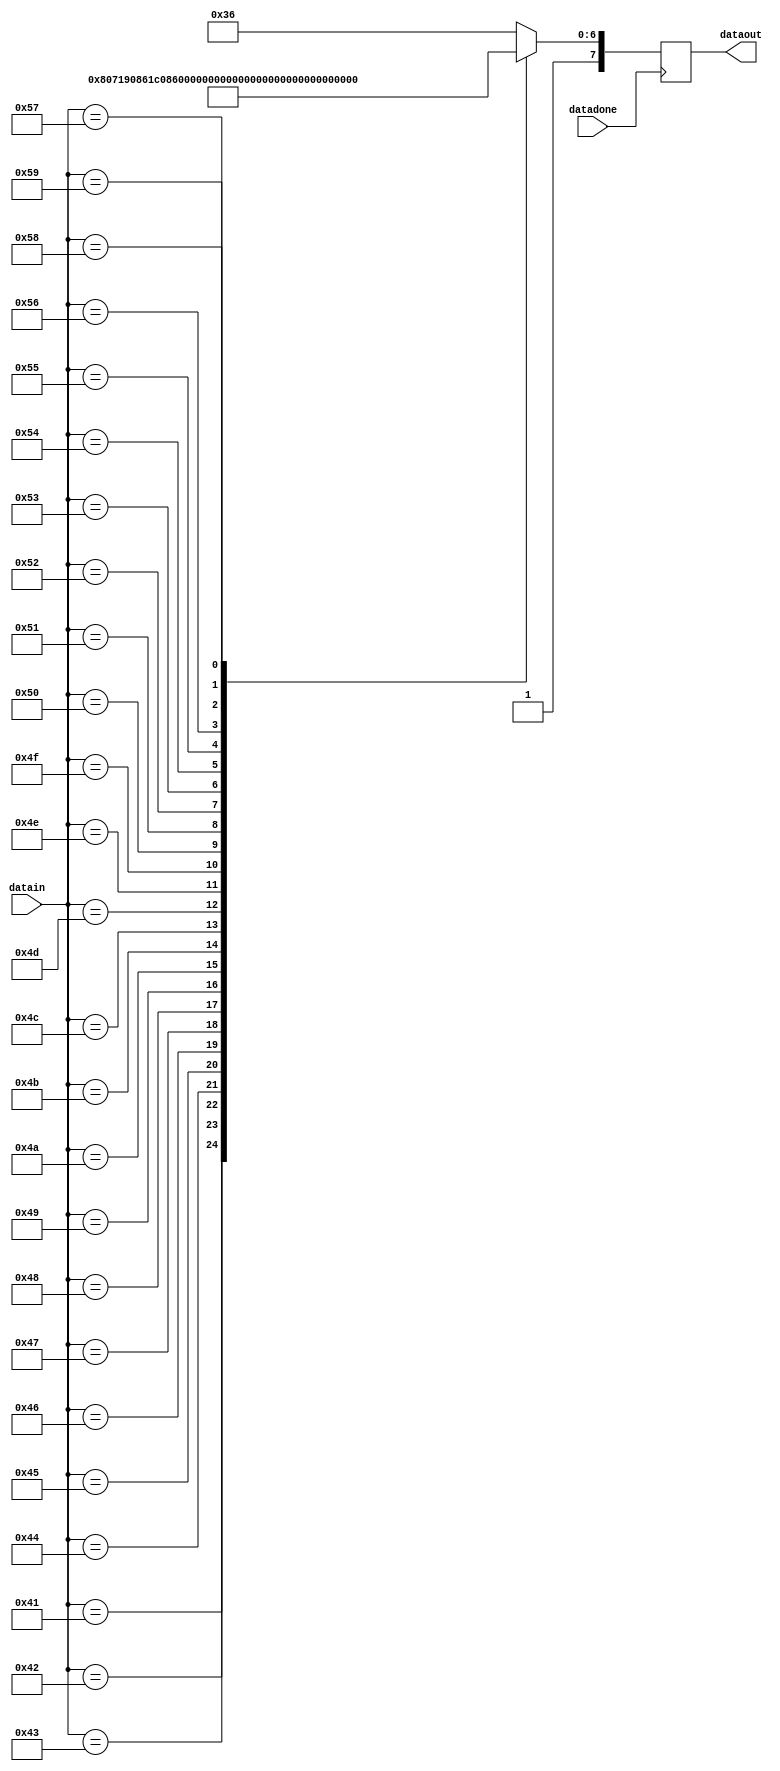
module codASCII7SEG(
input [7:0] datain,
input datadone,

output reg [7:0] dataout
);

// 64 - 90

always@(posedge datadone)
begin
	case(datain)
		8'd65:
			dataout <= 8'b1_0001_000;
		8'd66:
			dataout <= 8'b1_0000_011;
		8'd67:
			dataout <= 8'b1_1000_110;
		8'd68:
			dataout <= 8'b1_0100_001;
		8'd69:
			dataout <= 8'b1_0000_110;
		8'd70:
			dataout <= 8'b1_0001_110;
		8'd71:
			dataout <= 8'b1_0000_010;
		8'd72:
			dataout <= 8'b1_0001_011;
		8'd73:
			dataout <= 8'b1_1001_111;
		8'd74:
			dataout <= 8'b1_1100_001;
		8'd75:
			dataout <= 8'b1_0001_101;
		8'd76:
			dataout <= 8'b1_1000_111;
		8'd77:
			dataout <= 8'b1_0110_000;
		8'd78:
			dataout <= 8'b1_0110_011;
		8'd79:
			dataout <= 8'b1_0100_011;
		8'd80:
			dataout <= 8'b1_0001_100;
		8'd81:
			dataout <= 8'b1_0011_000;
		8'd82:
			dataout <= 8'b1_0101_111;
		8'd83:
			dataout <= 8'b1_0010_010;
		8'd84:
			dataout <= 8'b1_0000_111;
		8'd85:
			dataout <= 8'b1_1100_011;
		8'd86:
			dataout <= 8'b1_0111_011;
		8'd87:
			dataout <= 8'b1_0111_001;
		8'd88:
			dataout <= 8'b1_0001_001;
		8'd89:
			dataout <= 8'b1_0011_001;
		default:
			dataout <= 8'b1_0110_110;
	endcase
end



endmodule